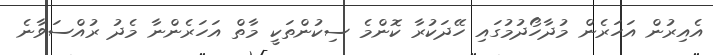
އެއިރުން އަހަރެން މުދާހޯދުމުގައި ހޭދަކުރާ ކޮންމެ ސިކުންތަކީ މާތް އަހަރެންނާ މެދު ރުއްސަވާނެ